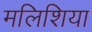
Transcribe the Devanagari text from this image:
मलिशिया